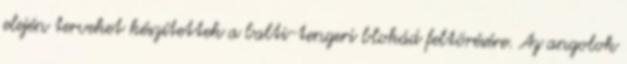
elején terveket készítettek a balti-tengeri blokád feltörésére. Az angolok